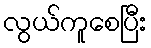
လွယ်ကူစေပြီး